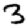
Digit: 3